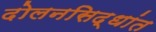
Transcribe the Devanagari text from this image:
दोलनसिद्धांत